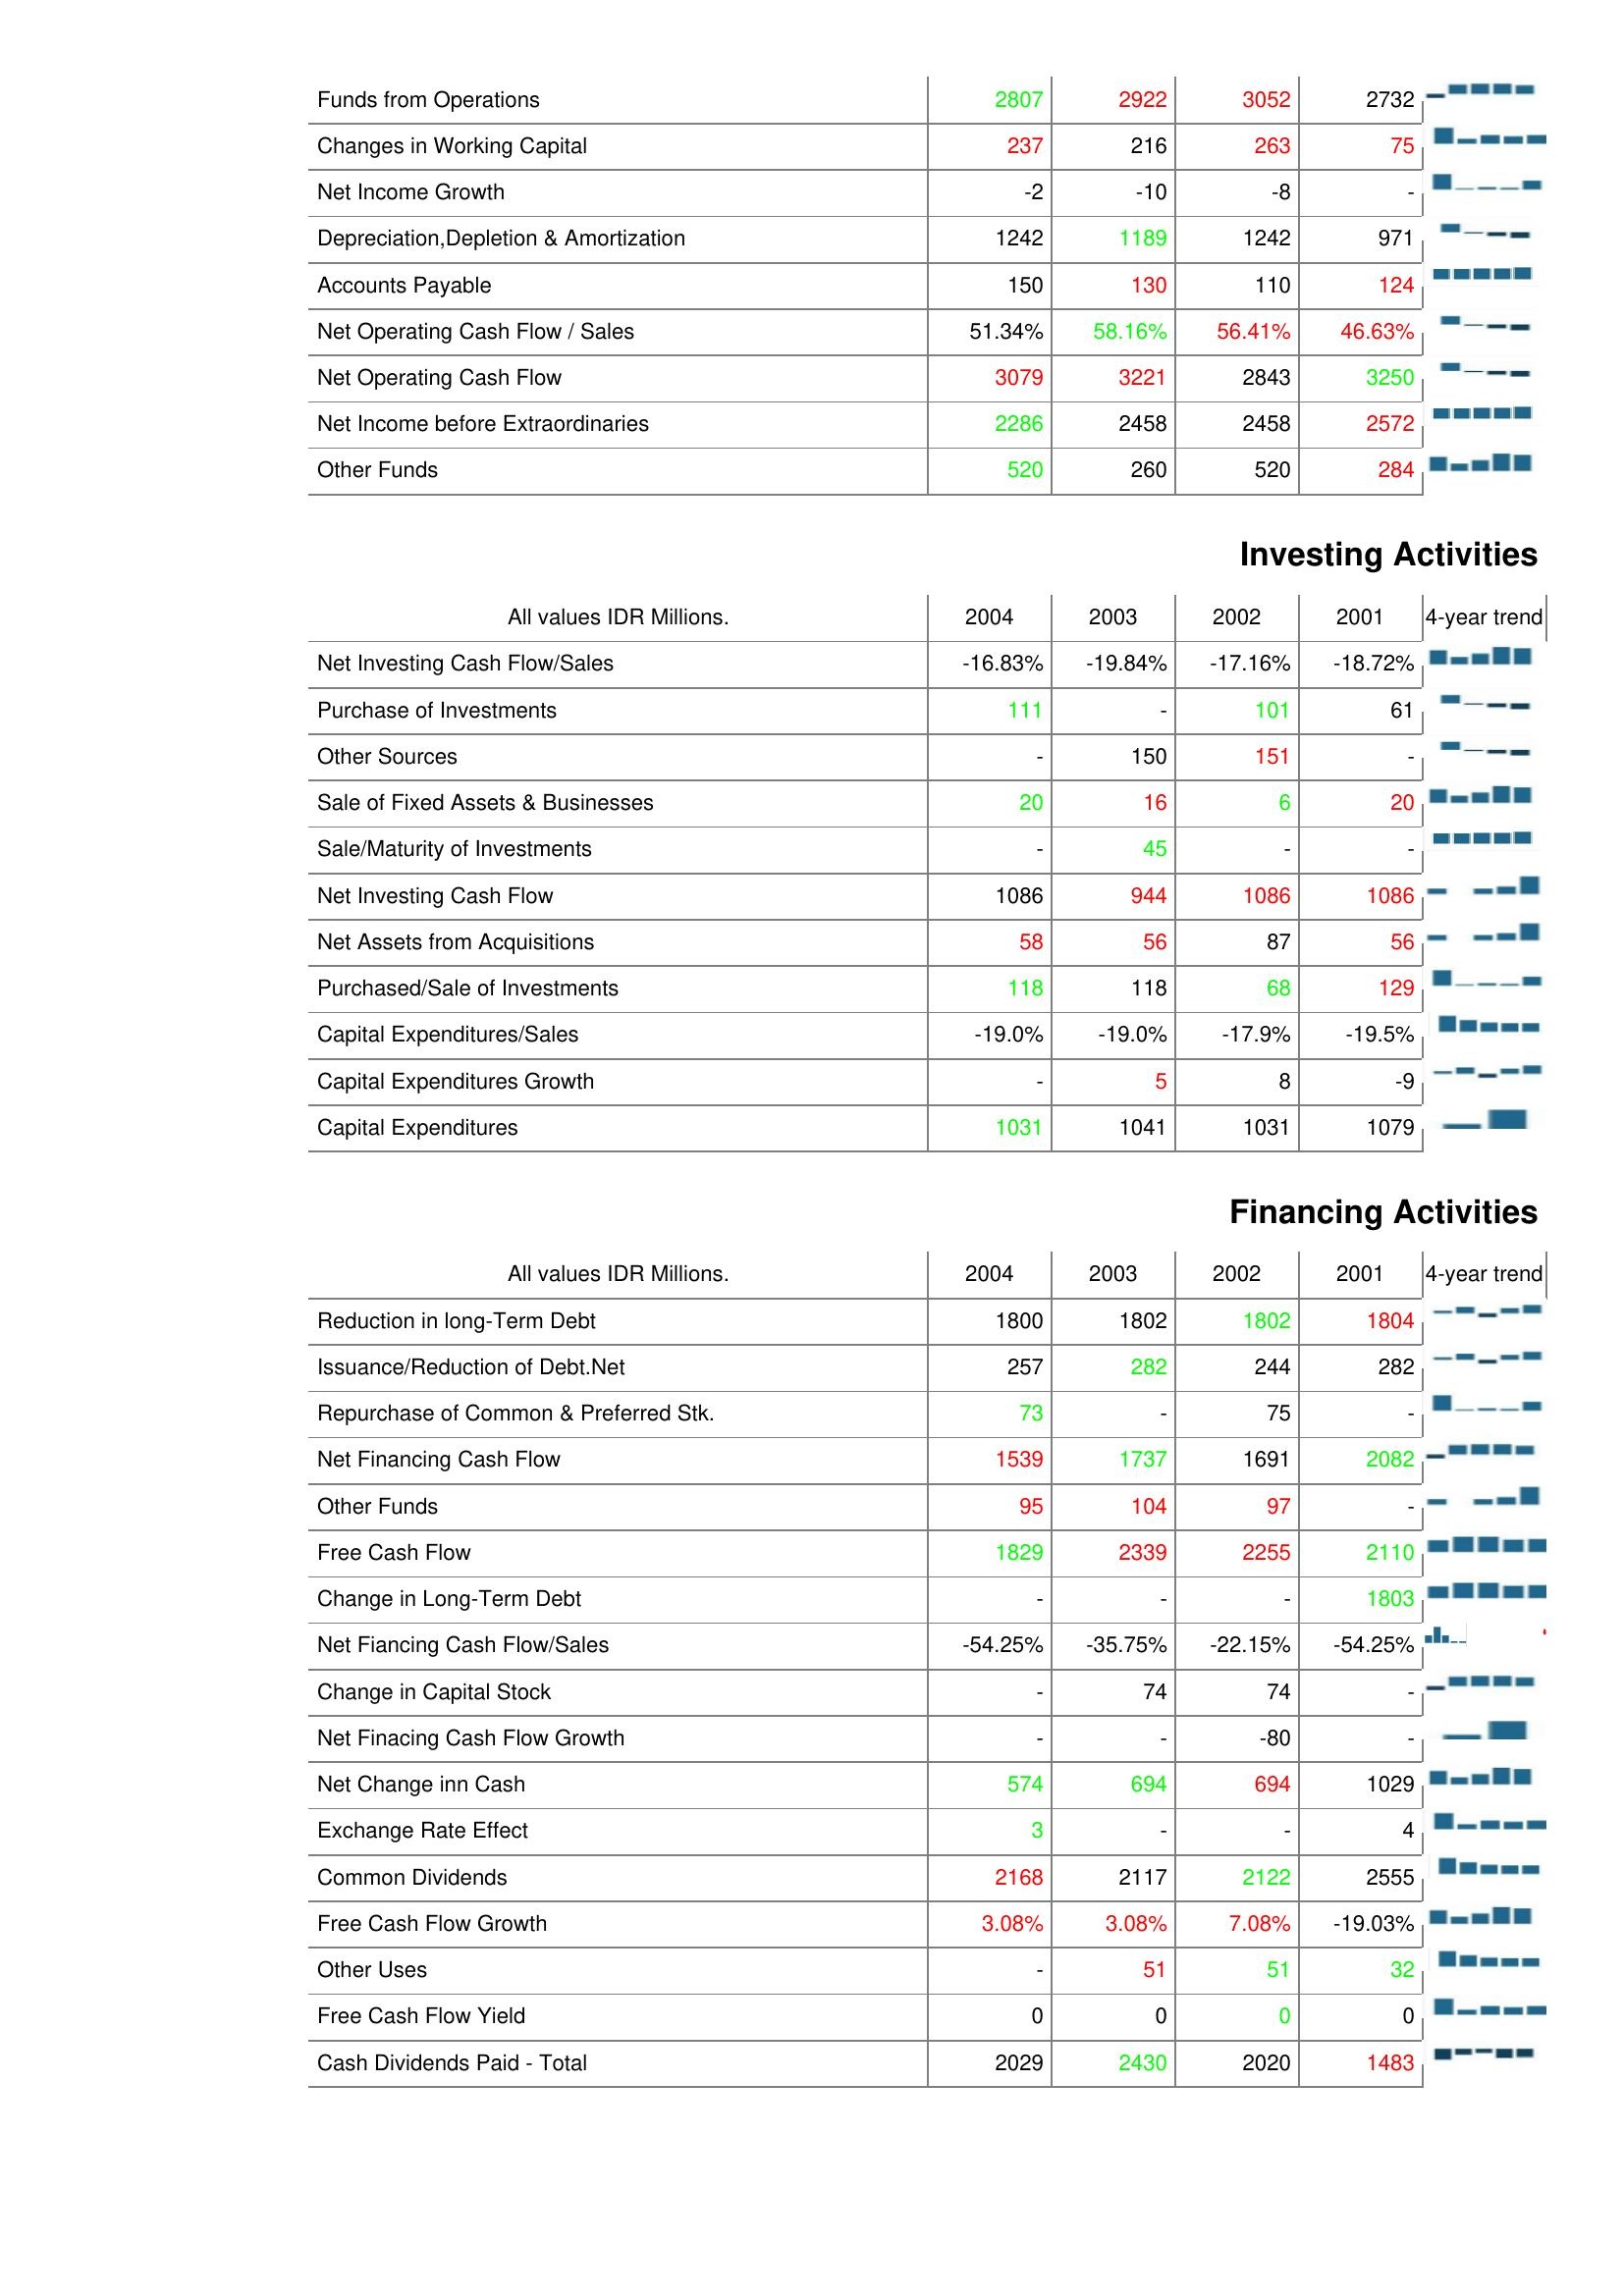
2004: Operating Activities: Funds from Operations: 2807
Changes in Working Capital: 237
Net Income Growth: -2
Depreciation,Depletion & Amortization: 1242
Accounts Payable: 150
Net Operating Cash Flow / Sales: 51.34%
Net Operating Cash Flow: 3079
Net Income before Extraordinaries: 2286
Other Funds: 520
Investing Activities: Net Investing Cash Flow/Sales: -16.83%
Purchase of Investments: 111
Other Sources: -
Sale of Fixed Assets & Businesses: 20
Sale/Maturity of Investments: -
Net Investing Cash Flow: 1086
Net Assets from Acquisitions: 58
Purchased/Sale of Investments: 118
Capital Expenditures/Sales: -19.0%
Capital Expenditures Growth: -
Capital Expenditures: 1031
Financing Activities: Reduction in long-Term Debt: 1800
Issuance/Reduction of Debt.Net: 257
Repurchase of Common & Preferred Stk.: 73
Net Financing Cash Flow: 1539
Other Funds: 95
Free Cash Flow: 1829
Change in Long-Term Debt: -
Net Fiancing Cash Flow/Sales: -54.25%
Change in Capital Stock: -
Net Finacing Cash Flow Growth: -
Net Change inn Cash: 574
Exchange Rate Effect: 3
Common Dividends: 2168
Free Cash Flow Growth: 3.08%
Other Uses: -
Free Cash Flow Yield: 0
Cash Dividends Paid - Total: 2029
2003: Operating Activities: Funds from Operations: 2922
Changes in Working Capital: 216
Net Income Growth: -10
Depreciation,Depletion & Amortization: 1189
Accounts Payable: 130
Net Operating Cash Flow / Sales: 58.16%
Net Operating Cash Flow: 3221
Net Income before Extraordinaries: 2458
Other Funds: 260
Investing Activities: Net Investing Cash Flow/Sales: -19.84%
Purchase of Investments: -
Other Sources: 150
Sale of Fixed Assets & Businesses: 16
Sale/Maturity of Investments: 45
Net Investing Cash Flow: 944
Net Assets from Acquisitions: 56
Purchased/Sale of Investments: 118
Capital Expenditures/Sales: -19.0%
Capital Expenditures Growth: 5
Capital Expenditures: 1041
Financing Activities: Reduction in long-Term Debt: 1802
Issuance/Reduction of Debt.Net: 282
Repurchase of Common & Preferred Stk.: -
Net Financing Cash Flow: 1737
Other Funds: 104
Free Cash Flow: 2339
Change in Long-Term Debt: -
Net Fiancing Cash Flow/Sales: -35.75%
Change in Capital Stock: 74
Net Finacing Cash Flow Growth: -
Net Change inn Cash: 694
Exchange Rate Effect: -
Common Dividends: 2117
Free Cash Flow Growth: 3.08%
Other Uses: 51
Free Cash Flow Yield: 0
Cash Dividends Paid - Total: 2430
2002: Operating Activities: Funds from Operations: 3052
Changes in Working Capital: 263
Net Income Growth: -8
Depreciation,Depletion & Amortization: 1242
Accounts Payable: 110
Net Operating Cash Flow / Sales: 56.41%
Net Operating Cash Flow: 2843
Net Income before Extraordinaries: 2458
Other Funds: 520
Investing Activities: Net Investing Cash Flow/Sales: -17.16%
Purchase of Investments: 101
Other Sources: 151
Sale of Fixed Assets & Businesses: 6
Sale/Maturity of Investments: -
Net Investing Cash Flow: 1086
Net Assets from Acquisitions: 87
Purchased/Sale of Investments: 68
Capital Expenditures/Sales: -17.9%
Capital Expenditures Growth: 8
Capital Expenditures: 1031
Financing Activities: Reduction in long-Term Debt: 1802
Issuance/Reduction of Debt.Net: 244
Repurchase of Common & Preferred Stk.: 75
Net Financing Cash Flow: 1691
Other Funds: 97
Free Cash Flow: 2255
Change in Long-Term Debt: -
Net Fiancing Cash Flow/Sales: -22.15%
Change in Capital Stock: 74
Net Finacing Cash Flow Growth: -80
Net Change inn Cash: 694
Exchange Rate Effect: -
Common Dividends: 2122
Free Cash Flow Growth: 7.08%
Other Uses: 51
Free Cash Flow Yield: 0
Cash Dividends Paid - Total: 2020
2001: Operating Activities: Funds from Operations: 2732
Changes in Working Capital: 75
Net Income Growth: -
Depreciation,Depletion & Amortization: 971
Accounts Payable: 124
Net Operating Cash Flow / Sales: 46.63%
Net Operating Cash Flow: 3250
Net Income before Extraordinaries: 2572
Other Funds: 284
Investing Activities: Net Investing Cash Flow/Sales: -18.72%
Purchase of Investments: 61
Other Sources: -
Sale of Fixed Assets & Businesses: 20
Sale/Maturity of Investments: -
Net Investing Cash Flow: 1086
Net Assets from Acquisitions: 56
Purchased/Sale of Investments: 129
Capital Expenditures/Sales: -19.5%
Capital Expenditures Growth: -9
Capital Expenditures: 1079
Financing Activities: Reduction in long-Term Debt: 1804
Issuance/Reduction of Debt.Net: 282
Repurchase of Common & Preferred Stk.: -
Net Financing Cash Flow: 2082
Other Funds: -
Free Cash Flow: 2110
Change in Long-Term Debt: 1803
Net Fiancing Cash Flow/Sales: -54.25%
Change in Capital Stock: -
Net Finacing Cash Flow Growth: -
Net Change inn Cash: 1029
Exchange Rate Effect: 4
Common Dividends: 2555
Free Cash Flow Growth: -19.03%
Other Uses: 32
Free Cash Flow Yield: 0
Cash Dividends Paid - Total: 1483